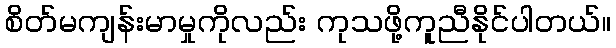
စိတ်မကျန်းမာမှုကိုလည်း ကုသဖို့ကူညီနိုင်ပါတယ်။